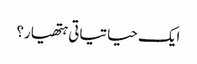
ایک حیاتیاتی ہتھیار؟